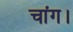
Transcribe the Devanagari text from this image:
चांग।